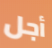
أجل